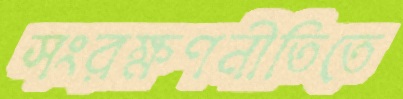
সংরক্ষণনীতিতে